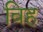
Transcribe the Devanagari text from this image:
विह